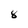
Character: 8